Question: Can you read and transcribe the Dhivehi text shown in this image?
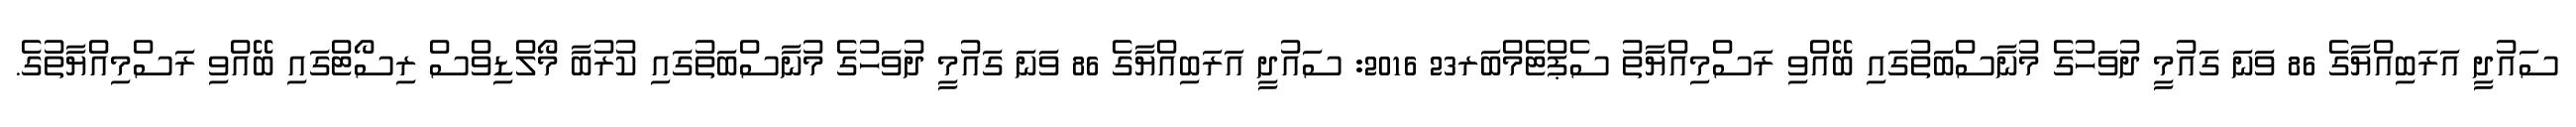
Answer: ސައުދީ އަރަބިއްޔާގެ 86 ވަނަ ގައުމީ ދުވަހުގެ މުނާސްބަތުގައި ބޭއްވި ރަސްމިއްޔާތު ސެޕްޓެމްބަރ23 2016: ސައުދީ އަރަބިއްޔާގެ 86 ވަނަ ގައުމީ ދުވަހުގެ މުނާސްބަތުގައި ކުރުބާ މޯލްޑިވްސް ރިސޯޓްގައި ބޭއްވި ރަސްމިއްޔާތުގެ.